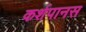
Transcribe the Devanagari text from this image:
कर्शपानस